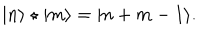
| n \rangle \star | m \rangle = | n + m - 1 \rangle .